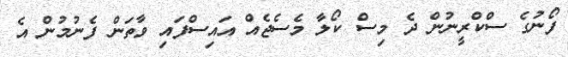
ފޯނުގެ ސްކްރީނުން ދެ މިސް ކޯލާ މެސެޖެއް އައިސްފައި ވާތަން ފެނުމުން އެ